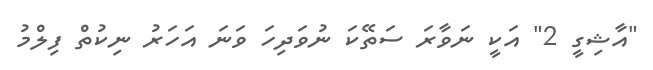
"އާޝިގީ 2" އަކީ ނަވާރަ ސަތޭކަ ނުވަދިހަ ވަނަ އަހަރު ނިކުތް ފިލްމު